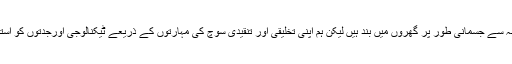
ڈائریکٹر این آئی سی کراچی شاہجہاں چودھری نے کہا ، گویا کہ ہم Covid-19کی وجہ سے جسمانی طور پر گھروں میں بند ہیں لیکن ہم اپنی تخلیقی اور تنقیدی سوچ کی مہارتوں کے ذریعے ٹیکنالوجی اورجدتوں کو استعمال میں لاتے ہوئے اس وبا کی وجہ سے ہونے والے نقصانات کا ازالہ کر سکتے ہیں۔